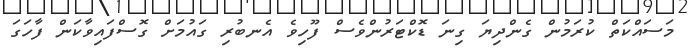
މަސައްކަތް ކުރަމުން ގެންދިޔަ ގިނަ ޑޮކްޓަރުންވެސް ފޫހިވެ އެނބުރި ގައުމަށް ގޮސްފައިވާކަން ފާހަގަ